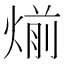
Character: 㷙